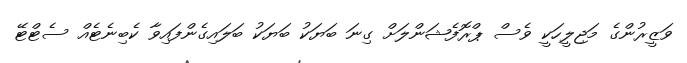
ވަޒީރުންގެ މަޖިލީހަކީ ވެސް ޕްރޮފެޝަންލަށް ގިނަ ބަޔަކު ބަޔަކު ބަލައިގެންފައިވާ ކެބިނެޓެއް ސެޓްޓޭ